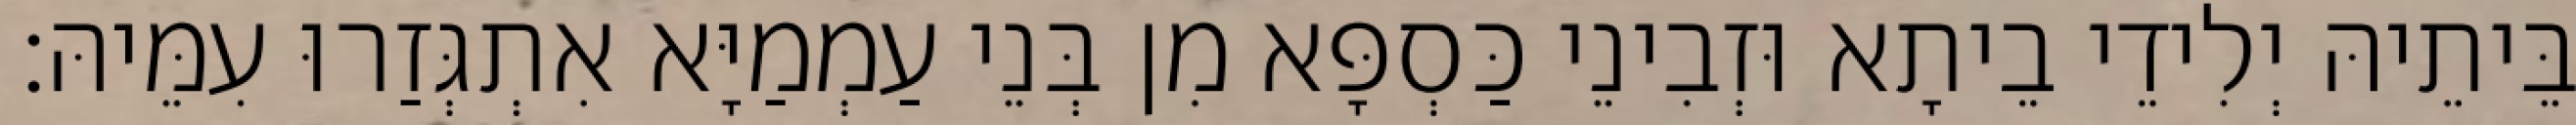
בֵּיתֵיהּ יְלִידֵי בֵיתָא וּזְבִינֵי כַּסְפָּא מִן בְּנֵי עַמְמַיָּא אִתְגְּזַרוּ עִמֵּיהּ׃